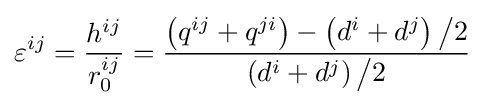
\varepsilon ^{ij}={h^{ij} \over r_{0}^{ij}}={\left(q^{ij}+q^{ji}\right)-\left(d^{i}+d^{j}\right){\big /}2 \over \left(d^{i}+d^{j}\right){\big /}2}